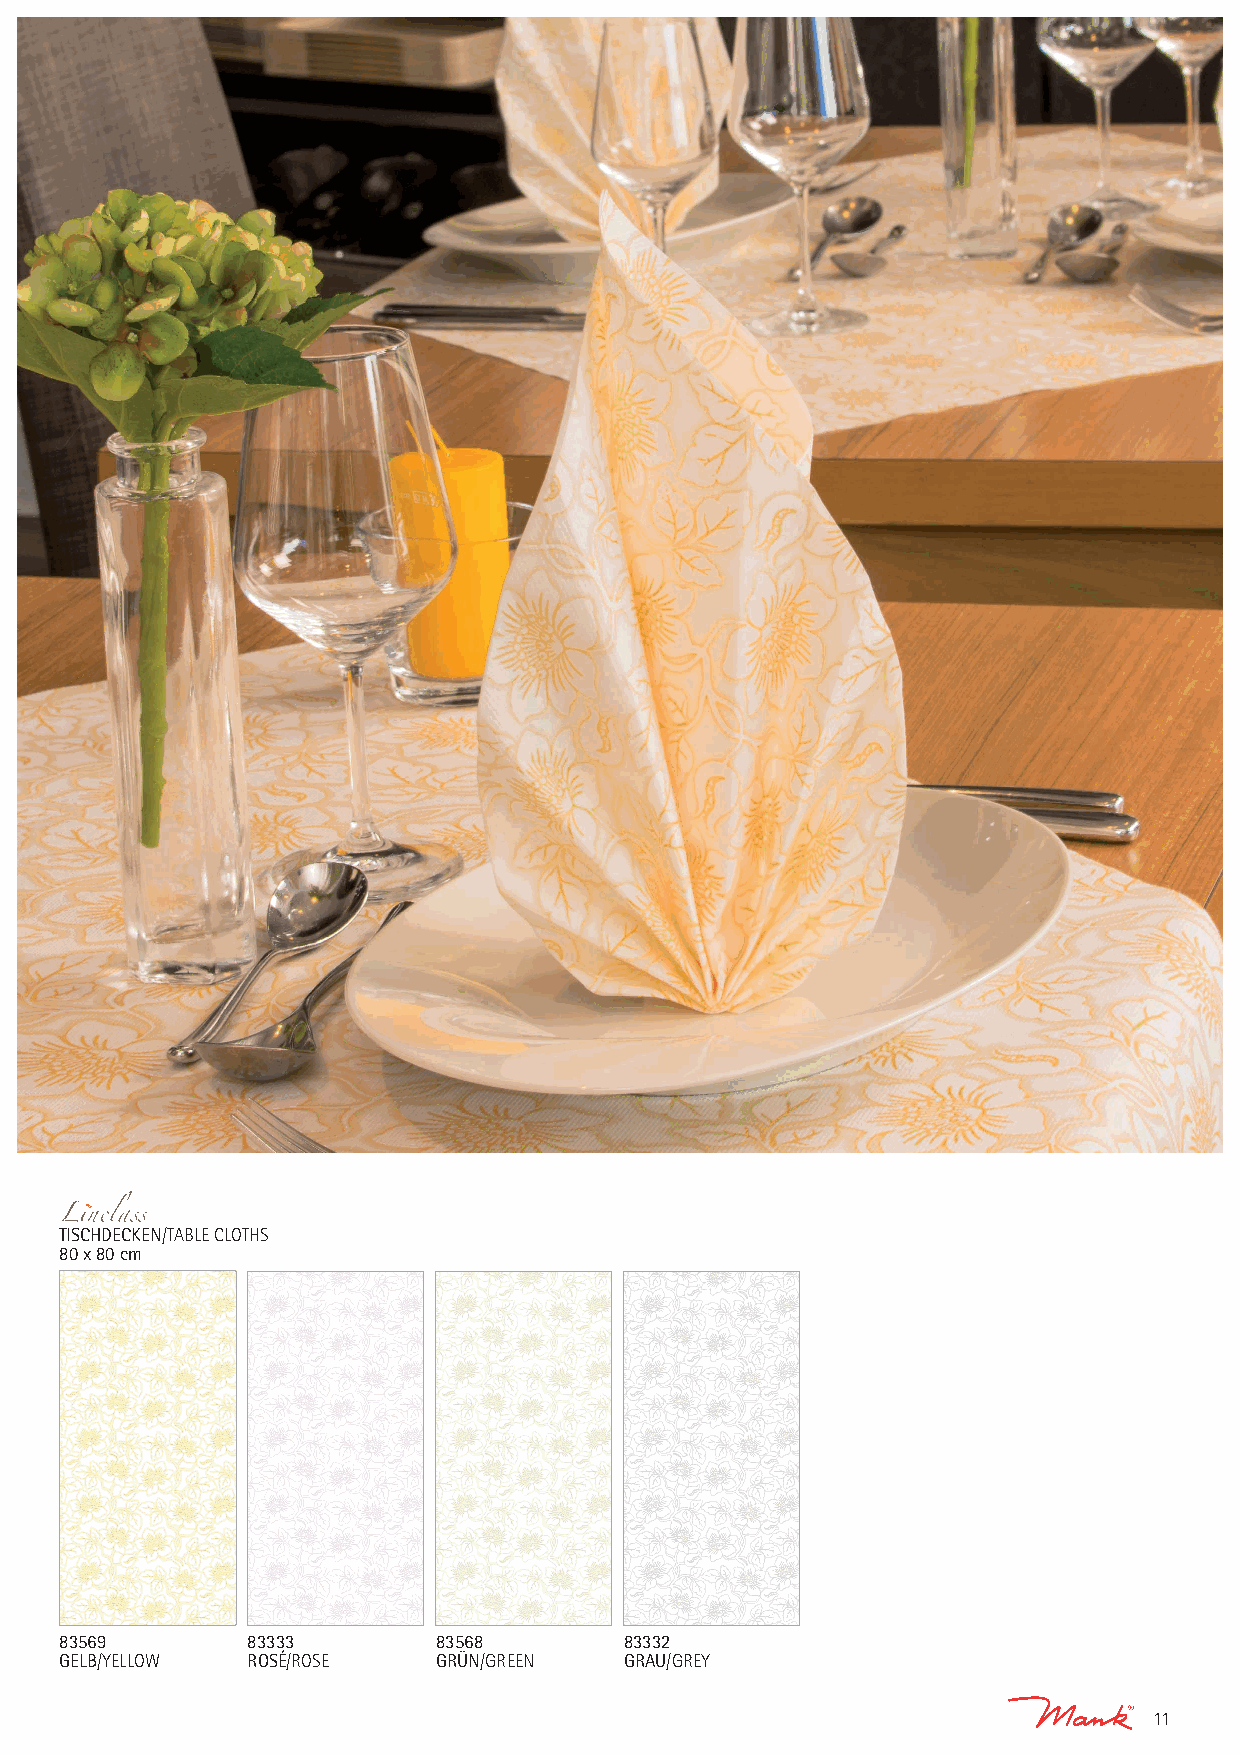
TISCHDECKEN/TABLE CLOTHS
 80 x 80 cm
 83569       83333        83568       83332
 GELB/YELLOW ROSÉ/ROSE    GRÜN/GREEN  GRAU/GREY
 11